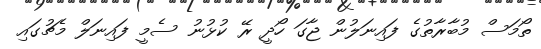
ތޯމަސް މުބާރާތުގެ ފައިނަލުން ޖާގަ ހޯދީ ރޭ ކުޅުނު ސެމީ ފައިނަލް މެޗުގައި